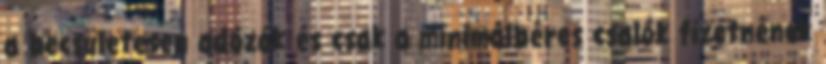
a becsületesen adózók és csak a minimálbéres csalók fizetnének